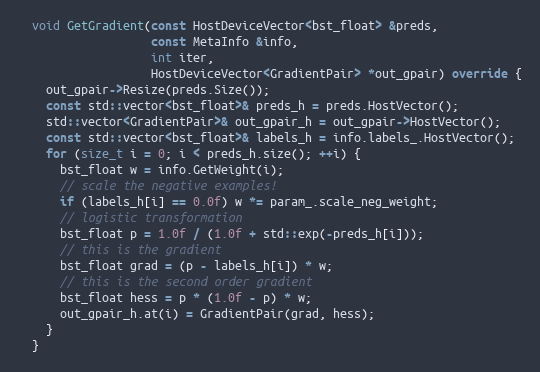
Language: C++
  void GetGradient(const HostDeviceVector<bst_float> &preds,
                   const MetaInfo &info,
                   int iter,
                   HostDeviceVector<GradientPair> *out_gpair) override {
    out_gpair->Resize(preds.Size());
    const std::vector<bst_float>& preds_h = preds.HostVector();
    std::vector<GradientPair>& out_gpair_h = out_gpair->HostVector();
    const std::vector<bst_float>& labels_h = info.labels_.HostVector();
    for (size_t i = 0; i < preds_h.size(); ++i) {
      bst_float w = info.GetWeight(i);
      // scale the negative examples!
      if (labels_h[i] == 0.0f) w *= param_.scale_neg_weight;
      // logistic transformation
      bst_float p = 1.0f / (1.0f + std::exp(-preds_h[i]));
      // this is the gradient
      bst_float grad = (p - labels_h[i]) * w;
      // this is the second order gradient
      bst_float hess = p * (1.0f - p) * w;
      out_gpair_h.at(i) = GradientPair(grad, hess);
    }
  }